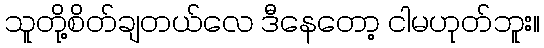
သူတို့စိတ်ချတယ်လေ ဒီနေတော့ ငါမဟုတ်ဘူး။